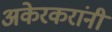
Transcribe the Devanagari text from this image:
अकेरकरांनी